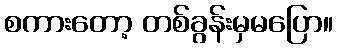
စကားတော့ တစ်ခွန်းမှမပြော။